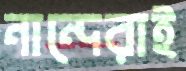
নান্দেরাই